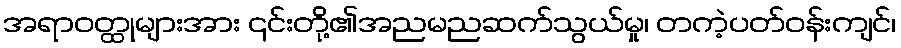
အရာဝတ္ထုများအား ၎င်းတို့၏အညမညဆက်သွယ်မှု၊ တကဲ့ပတ်ဝန်းကျင်၊